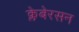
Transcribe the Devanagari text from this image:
क्लेबेरसन